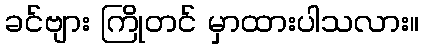
ခင်ဗျား ကြိုတင် မှာထားပါသလား။